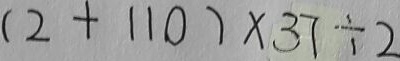
( 2 + 1 1 0 ) \times 3 7 \div 2